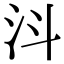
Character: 㳆